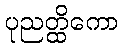
ပုညတ္ထိကော